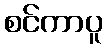
စင်ကာပူ